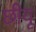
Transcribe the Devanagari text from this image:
छीयू